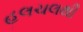
હલચલથી